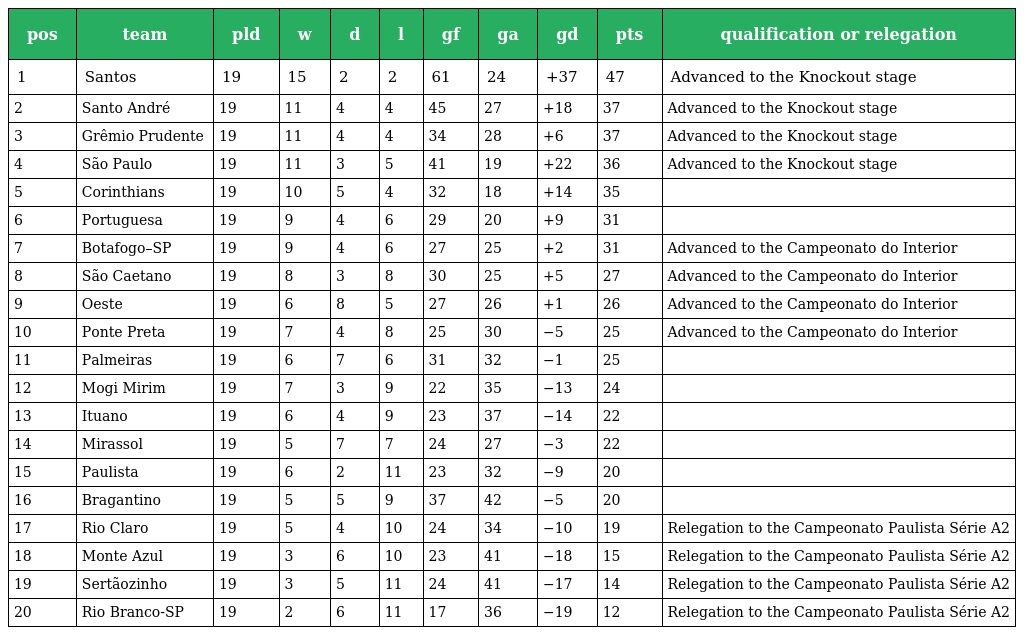
| pos | team | pld | w | d | l | gf | ga | gd | pts | qualification or relegation |
 | --- | --- | --- | --- | --- | --- | --- | --- | --- | --- | --- |
 | 1 | Santos | 19 | 15 | 2 | 2 | 61 | 24 | +37 | 47 | Advanced to the Knockout stage |
 | 2 | Santo André | 19 | 11 | 4 | 4 | 45 | 27 | +18 | 37 | Advanced to the Knockout stage |
 | 3 | Grêmio Prudente | 19 | 11 | 4 | 4 | 34 | 28 | +6 | 37 | Advanced to the Knockout stage |
 | 4 | São Paulo | 19 | 11 | 3 | 5 | 41 | 19 | +22 | 36 | Advanced to the Knockout stage |
 | 5 | Corinthians | 19 | 10 | 5 | 4 | 32 | 18 | +14 | 35 |  |
 | 6 | Portuguesa | 19 | 9 | 4 | 6 | 29 | 20 | +9 | 31 |  |
 | 7 | Botafogo–SP | 19 | 9 | 4 | 6 | 27 | 25 | +2 | 31 | Advanced to the Campeonato do Interior |
 | 8 | São Caetano | 19 | 8 | 3 | 8 | 30 | 25 | +5 | 27 | Advanced to the Campeonato do Interior |
 | 9 | Oeste | 19 | 6 | 8 | 5 | 27 | 26 | +1 | 26 | Advanced to the Campeonato do Interior |
 | 10 | Ponte Preta | 19 | 7 | 4 | 8 | 25 | 30 | −5 | 25 | Advanced to the Campeonato do Interior |
 | 11 | Palmeiras | 19 | 6 | 7 | 6 | 31 | 32 | −1 | 25 |  |
 | 12 | Mogi Mirim | 19 | 7 | 3 | 9 | 22 | 35 | −13 | 24 |  |
 | 13 | Ituano | 19 | 6 | 4 | 9 | 23 | 37 | −14 | 22 |  |
 | 14 | Mirassol | 19 | 5 | 7 | 7 | 24 | 27 | −3 | 22 |  |
 | 15 | Paulista | 19 | 6 | 2 | 11 | 23 | 32 | −9 | 20 |  |
 | 16 | Bragantino | 19 | 5 | 5 | 9 | 37 | 42 | −5 | 20 |  |
 | 17 | Rio Claro | 19 | 5 | 4 | 10 | 24 | 34 | −10 | 19 | Relegation to the Campeonato Paulista Série A2 |
 | 18 | Monte Azul | 19 | 3 | 6 | 10 | 23 | 41 | −18 | 15 | Relegation to the Campeonato Paulista Série A2 |
 | 19 | Sertãozinho | 19 | 3 | 5 | 11 | 24 | 41 | −17 | 14 | Relegation to the Campeonato Paulista Série A2 |
 | 20 | Rio Branco-SP | 19 | 2 | 6 | 11 | 17 | 36 | −19 | 12 | Relegation to the Campeonato Paulista Série A2 |